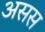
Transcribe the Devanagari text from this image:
असस